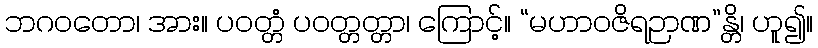
ဘဂဝတော၊ အား။ ပဝတ္တံ ပဝတ္တတ္တာ၊ ကြောင့်။ “မဟာဝဇိရဉာဏ”န္တိ၊ ဟူ၍။